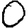
Digit: 0